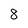
Character: 8